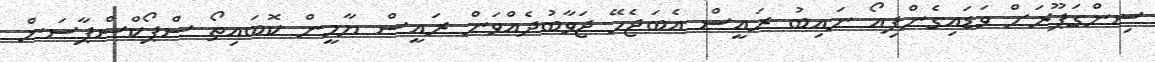
ސިންގަޕޫރަށް ވަޑައިގެންފިއޯ ނައިބު ރައީސް އެބަޖެހޭ ޖަވާބުދެއްވަން ރައީސް ޔާމީން ކޮބައިތޯ ސްޕޯކްސްޕާސަން